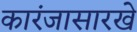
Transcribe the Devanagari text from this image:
कारंजासारखे